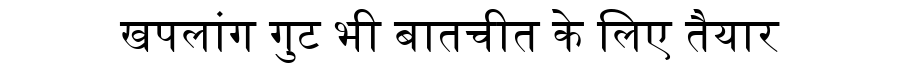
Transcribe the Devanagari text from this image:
खपलांग गुट भी बातचीत के लिए तैयार